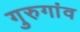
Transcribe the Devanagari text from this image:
गुरुगांव